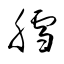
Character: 膤